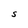
Character: S